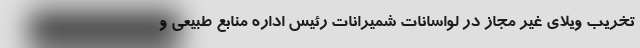
تخریب ویلای غیر مجاز در لواسانات شمیرانات رئیس اداره منابع طبیعی و